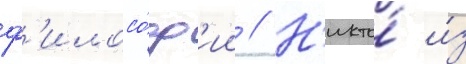
ф'илосо́ф'ии // Н'икто́ и́з